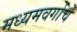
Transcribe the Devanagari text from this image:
मध्यमवर्गाचे